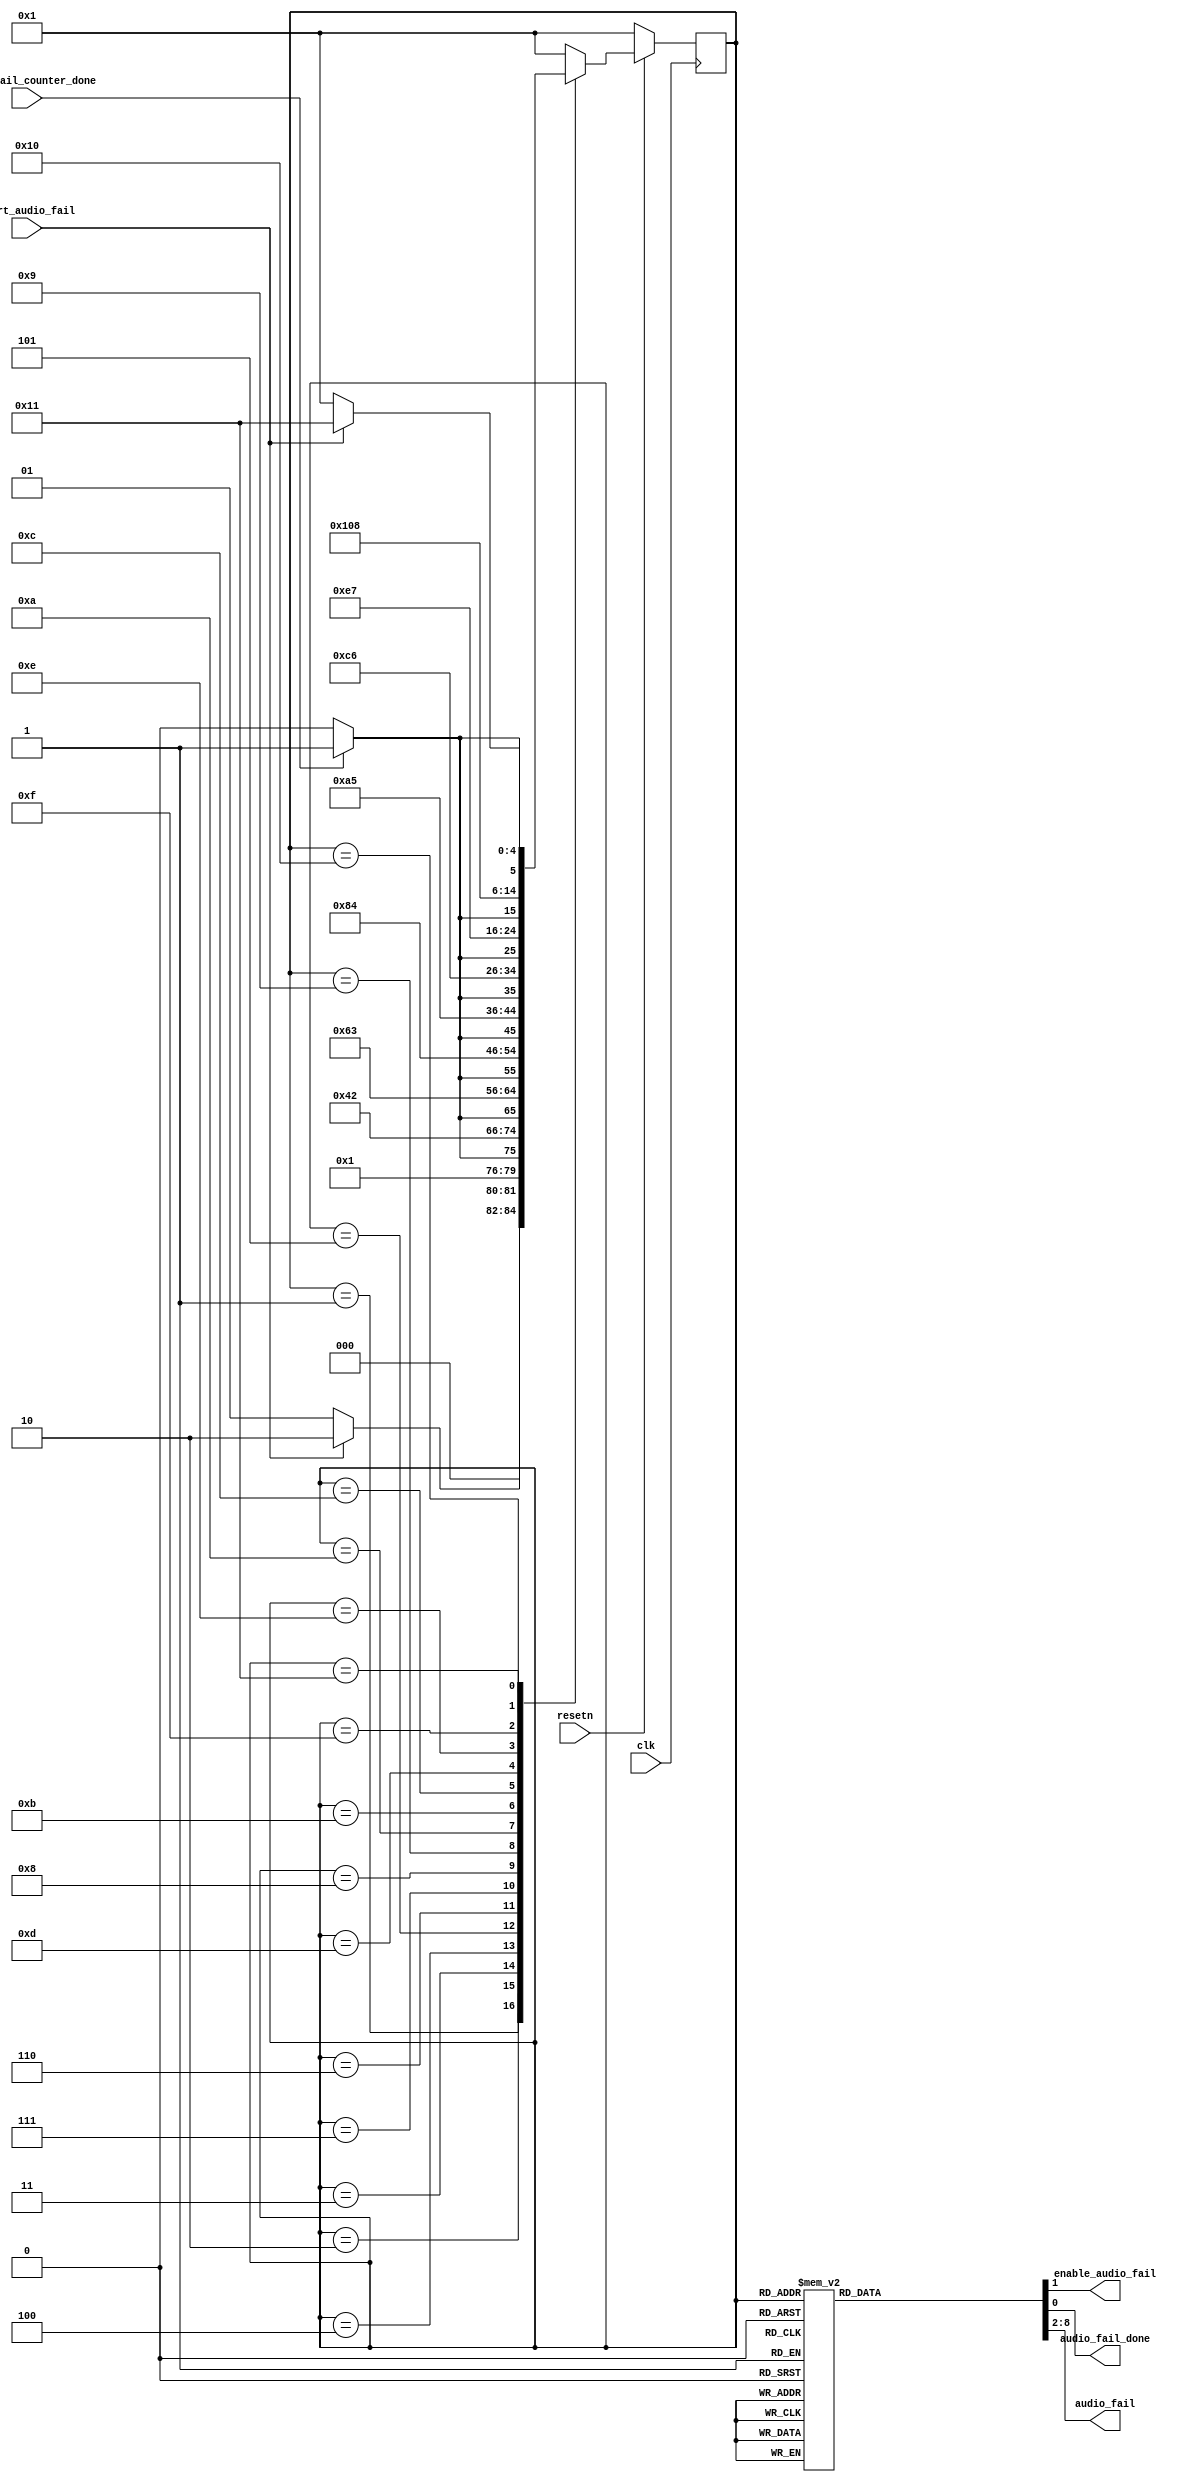

module audio_fail(
		input clk,
    		input resetn,
		
		output reg enable_audio_fail,
		input audio_fail_counter_done,
		input start_audio_fail,
		output reg audio_fail_done,
		output reg [6:0] audio_fail
		);

    reg [4:0] current_state, next_state; 

    localparam  		
		S_WAIT_FOR_COMMAND		= 5'd1,
		S_LOAD_AUDIO1			= 5'd2,
		S_WAIT1				= 5'd3,
		S_LOAD_AUDIO2			= 5'd4,
		S_WAIT2   			= 5'd5,
		S_LOAD_AUDIO3			= 5'd6,
		S_WAIT3				= 5'd7,
		S_LOAD_AUDIO4			= 5'd8,
		S_WAIT4				= 5'd9,
		S_LOAD_AUDIO5			= 5'd10,
		S_WAIT5				= 5'd11,
		S_LOAD_AUDIO6			= 5'd12,
		S_WAIT6 			= 5'd13,
		S_LOAD_AUDIO7			= 5'd14,
		S_WAIT7				= 5'd15,
		S_LOAD_AUDIO8			= 5'd16,		
		S_DONE_AUDIO_FAIL		= 5'd17;


    // Next state logic aka our state table
    always@(*)
    begin: state_table 
           case (current_state)
      		
		S_WAIT_FOR_COMMAND: next_state = start_audio_fail? S_LOAD_AUDIO1: S_WAIT_FOR_COMMAND;
		S_LOAD_AUDIO1: next_state = audio_fail_counter_done? S_WAIT1: S_LOAD_AUDIO1;
		S_WAIT1: next_state = S_LOAD_AUDIO2;			
		S_LOAD_AUDIO2: 	next_state = audio_fail_counter_done? S_WAIT2: S_LOAD_AUDIO2;		
		S_WAIT2: next_state = S_LOAD_AUDIO3; 		
		S_LOAD_AUDIO3: next_state = audio_fail_counter_done? S_WAIT3: S_LOAD_AUDIO3;		
		S_WAIT3: next_state = S_LOAD_AUDIO4;				
		S_LOAD_AUDIO4: next_state = audio_fail_counter_done? S_WAIT4: S_LOAD_AUDIO4;			
		S_WAIT4: next_state = S_LOAD_AUDIO5;				
		S_LOAD_AUDIO5: next_state = audio_fail_counter_done? S_WAIT5: S_LOAD_AUDIO5;		
		S_WAIT5: next_state = S_LOAD_AUDIO6;				
		S_LOAD_AUDIO6: next_state = audio_fail_counter_done? S_WAIT6: S_LOAD_AUDIO6;			
		S_WAIT6: next_state = S_LOAD_AUDIO7; 			
		S_LOAD_AUDIO7: next_state = audio_fail_counter_done? S_WAIT7: S_LOAD_AUDIO7;			
		S_WAIT7: next_state = S_LOAD_AUDIO8;				
		S_LOAD_AUDIO8: next_state = audio_fail_counter_done? S_DONE_AUDIO_FAIL: S_LOAD_AUDIO8;			
	
		S_DONE_AUDIO_FAIL: next_state = start_audio_fail? S_DONE_AUDIO_FAIL: S_WAIT_FOR_COMMAND;

            
			default:     next_state = S_WAIT_FOR_COMMAND;
        endcase
    end // state_table
   

    // Output logic aka all of our datapath control signals
    always @(*)
    begin: enable_signals
        // By default make all our signals 0
		
		enable_audio_fail = 1'b0;
		audio_fail_done = 1'b0;
		audio_fail = 7'b0;

      case (current_state)

		S_LOAD_AUDIO1: begin
			enable_audio_fail = 1'b1;
			audio_fail = 7'b0010000;
		end
		
		S_LOAD_AUDIO2: begin
			enable_audio_fail = 1'b1;
			audio_fail = 7'b0010001;			
		end		

		S_LOAD_AUDIO3: begin
			enable_audio_fail = 1'b1;
			audio_fail = 7'b0010000;
		end			

		S_LOAD_AUDIO4: begin
			enable_audio_fail = 1'b1;
			audio_fail = 7'b0010100;
		end					
	
		S_LOAD_AUDIO5: begin
			enable_audio_fail = 1'b1;
			audio_fail = 7'b0010000;
		end					
		
		S_LOAD_AUDIO6: begin
			enable_audio_fail = 1'b1;
			audio_fail = 7'b0010001;
		end					
	
		S_LOAD_AUDIO7: begin
			enable_audio_fail = 1'b1;
			audio_fail = 7'b0010101;
		end					
	
		S_LOAD_AUDIO8: begin
			enable_audio_fail = 1'b1;
			audio_fail = 7'b0010100;
		end			
				
		S_DONE_AUDIO_FAIL: audio_fail_done = 1'b1;	

        endcase
    end // enable_signals

    // current_state registers
    always@(posedge clk)
    begin: state_FFs
        if(!resetn)
            current_state <= S_WAIT_FOR_COMMAND;
        else
            current_state <= next_state;
    end // state_FFS
	 
  
	 
endmodule